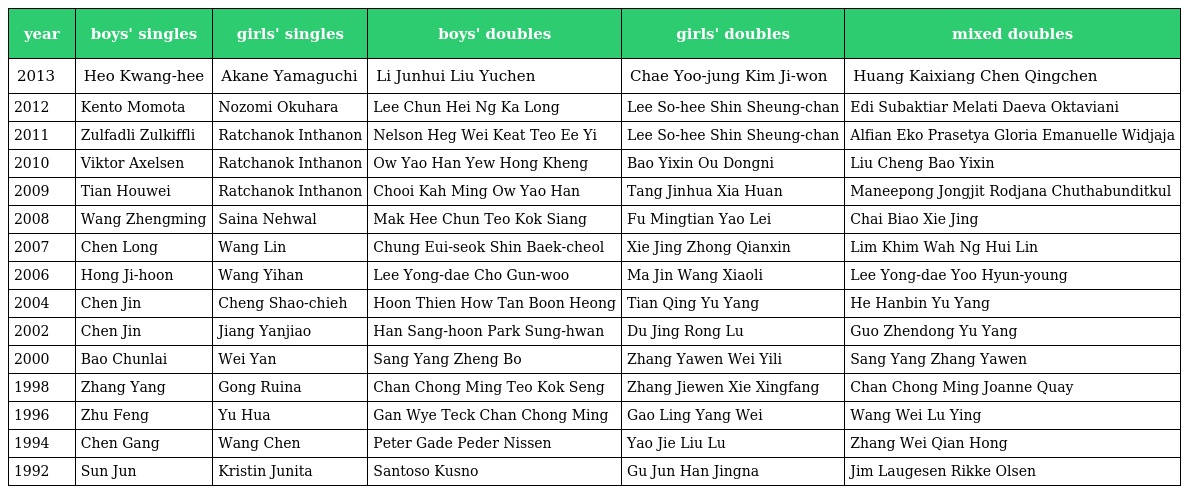
| year | boys' singles | girls' singles | boys' doubles | girls' doubles | mixed doubles |
 | --- | --- | --- | --- | --- | --- |
 | 2013 | Heo Kwang-hee | Akane Yamaguchi | Li Junhui Liu Yuchen | Chae Yoo-jung Kim Ji-won | Huang Kaixiang Chen Qingchen |
 | 2012 | Kento Momota | Nozomi Okuhara | Lee Chun Hei Ng Ka Long | Lee So-hee Shin Sheung-chan | Edi Subaktiar Melati Daeva Oktaviani |
 | 2011 | Zulfadli Zulkiffli | Ratchanok Inthanon | Nelson Heg Wei Keat Teo Ee Yi | Lee So-hee Shin Sheung-chan | Alfian Eko Prasetya Gloria Emanuelle Widjaja |
 | 2010 | Viktor Axelsen | Ratchanok Inthanon | Ow Yao Han Yew Hong Kheng | Bao Yixin Ou Dongni | Liu Cheng Bao Yixin |
 | 2009 | Tian Houwei | Ratchanok Inthanon | Chooi Kah Ming Ow Yao Han | Tang Jinhua Xia Huan | Maneepong Jongjit Rodjana Chuthabunditkul |
 | 2008 | Wang Zhengming | Saina Nehwal | Mak Hee Chun Teo Kok Siang | Fu Mingtian Yao Lei | Chai Biao Xie Jing |
 | 2007 | Chen Long | Wang Lin | Chung Eui-seok Shin Baek-cheol | Xie Jing Zhong Qianxin | Lim Khim Wah Ng Hui Lin |
 | 2006 | Hong Ji-hoon | Wang Yihan | Lee Yong-dae Cho Gun-woo | Ma Jin Wang Xiaoli | Lee Yong-dae Yoo Hyun-young |
 | 2004 | Chen Jin | Cheng Shao-chieh | Hoon Thien How Tan Boon Heong | Tian Qing Yu Yang | He Hanbin Yu Yang |
 | 2002 | Chen Jin | Jiang Yanjiao | Han Sang-hoon Park Sung-hwan | Du Jing Rong Lu | Guo Zhendong Yu Yang |
 | 2000 | Bao Chunlai | Wei Yan | Sang Yang Zheng Bo | Zhang Yawen Wei Yili | Sang Yang Zhang Yawen |
 | 1998 | Zhang Yang | Gong Ruina | Chan Chong Ming Teo Kok Seng | Zhang Jiewen Xie Xingfang | Chan Chong Ming Joanne Quay |
 | 1996 | Zhu Feng | Yu Hua | Gan Wye Teck Chan Chong Ming | Gao Ling Yang Wei | Wang Wei Lu Ying |
 | 1994 | Chen Gang | Wang Chen | Peter Gade Peder Nissen | Yao Jie Liu Lu | Zhang Wei Qian Hong |
 | 1992 | Sun Jun | Kristin Junita | Santoso Kusno | Gu Jun Han Jingna | Jim Laugesen Rikke Olsen |